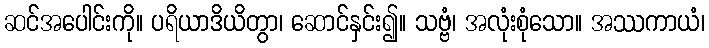
ဆင်အပေါင်းကို။ ပရိယာဒိယိတွာ၊ ဆောင်နှင်း၍။ သဗ္ဗံ၊ အလုံးစုံသော။ အဿကာယံ၊